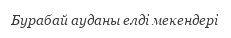
Бурабай ауданы елді мекендері